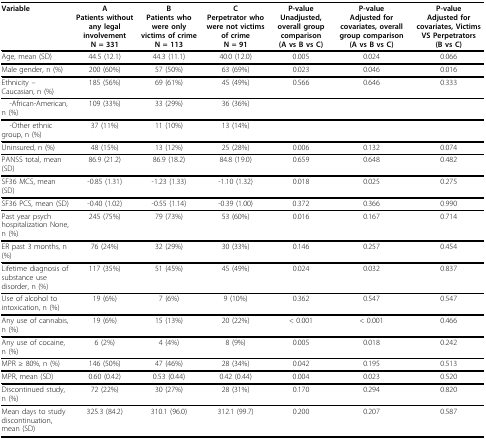
<table><thead><tr><td><b>Variable</b></td><td><b>APatients without any legal involvementN = 331</b></td><td><b>BPatients who were only victims of crimeN = 113</b></td><td><b>CPerpetrator who were not victims of crimeN = 91</b></td><td><b>P-valueUnadjusted, overall group comparison(A vs B vs C)</b></td><td><b>P-valueAdjusted for covariates, overall group comparison(A vs B vs C)</b></td><td><b>P-valueAdjusted for covariates, Victims VS Perpetrators(B vs C)</b></td></tr></thead><tbody><tr><td>Age, mean (SD)</td><td>44.5 (12.1)</td><td>44.3 (11.1)</td><td>40.0 (12.0)</td><td>0.005</td><td>0.024</td><td>0.066</td></tr><tr><td>Male gender, n (%)</td><td>200 (60%)</td><td>57 (50%)</td><td>63 (69%)</td><td>0.023</td><td>0.046</td><td>0.016</td></tr><tr><td>Ethnicity -- Caucasian, n (%)</td><td>185 (56%)</td><td>69 (61%)</td><td>45 (49%)</td><td>0.566</td><td>0.646</td><td>0.333</td></tr><tr><td> -African-American, n (%)</td><td>109 (33%)</td><td>33 (29%)</td><td>36 (36%)</td><td>[EMPTY_CELL]</td><td>[EMPTY_CELL]</td><td>[EMPTY_CELL]</td></tr><tr><td> -Other ethnic group, n (%)</td><td>37 (11%)</td><td>11 (10%)</td><td>13 (14%)</td><td>[EMPTY_CELL]</td><td>[EMPTY_CELL]</td><td>[EMPTY_CELL]</td></tr><tr><td>Uninsured, n (%)</td><td>48 (15%)</td><td>13 (12%)</td><td>25 (28%)</td><td>0.006</td><td>0.132</td><td>0.074</td></tr><tr><td>PANSS total, mean (SD)</td><td>86.9 (21.2)</td><td>86.9 (18.2)</td><td>84.8 (19.0)</td><td>0.659</td><td>0.648</td><td>0.482</td></tr><tr><td>SF36 MCS, mean (SD)</td><td>-0.85 (1.31)</td><td>-1.23 (1.33)</td><td>-1.10 (1.32)</td><td>0.018</td><td>0.025</td><td>0.275</td></tr><tr><td>SF36 PCS, mean (SD)</td><td>-0.40 (1.02)</td><td>-0.55 (1.14)</td><td>-0.39 (1.00)</td><td>0.372</td><td>0.366</td><td>0.990</td></tr><tr><td>Past year psych hospitalization None, n (%)</td><td>245 (75%)</td><td>79 (73%)</td><td>53 (60%)</td><td>0.016</td><td>0.167</td><td>0.714</td></tr><tr><td>ER past 3 months, n (%)</td><td>76 (24%)</td><td>32 (29%)</td><td>30 (33%)</td><td>0.146</td><td>0.257</td><td>0.454</td></tr><tr><td>Lifetime diagnosis of substance use disorder, n (%)</td><td>117 (35%)</td><td>51 (45%)</td><td>45 (49%)</td><td>0.024</td><td>0.032</td><td>0.837</td></tr><tr><td>Use of alcohol to intoxication, n (%)</td><td>19 (6%)</td><td>7 (6%)</td><td>9 (10%)</td><td>0.362</td><td>0.547</td><td>0.547</td></tr><tr><td>Any use of cannabis, n (%)</td><td>19 (6%)</td><td>15 (13%)</td><td>20 (22%)</td><td>&lt; 0.001</td><td>&lt; 0.001</td><td>0.466</td></tr><tr><td>Any use of cocaine, n (%)</td><td>6 (2%)</td><td>4 (4%)</td><td>8 (9%)</td><td>0.005</td><td>0.018</td><td>0.242</td></tr><tr><td>MPR ≥ 80%, n (%)</td><td>146 (50%)</td><td>47 (46%)</td><td>28 (34%)</td><td>0.042</td><td>0.195</td><td>0.513</td></tr><tr><td>MPR, mean (SD)</td><td>0.60 (0.42)</td><td>0.53 (0.44)</td><td>0.42 (0.44)</td><td>0.004</td><td>0.023</td><td>0.520</td></tr><tr><td>Discontinued study, n (%)</td><td>72 (22%)</td><td>30 (27%)</td><td>28 (31%)</td><td>0.170</td><td>0.294</td><td>0.820</td></tr><tr><td>Mean days to study discontinuation, mean (SD)</td><td>325.3 (84.2)</td><td>310.1 (96.0)</td><td>312.1 (99.7)</td><td>0.200</td><td>0.207</td><td>0.587</td></tr></tbody></table>